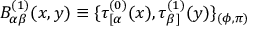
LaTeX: B _ { \alpha \beta } ^ { ( 1 ) } ( x , y ) \equiv \{ \tau _ { [ \alpha } ^ { ( 0 ) } ( x ) , \tau _ { \beta ] } ^ { ( 1 ) } ( y ) \} _ { ( \phi , \pi ) }